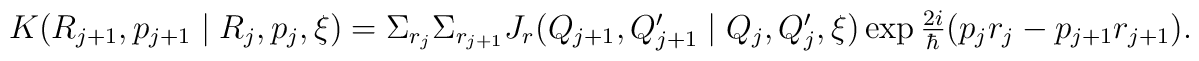
\begin{array}{l}      K(R_{j+1}, p_{j+1}\mid R_{j}, p_{j}, \xi)     =  \Sigma_{r_{j}} \Sigma_{r_{j+1}}     J_{r}(Q_{j+1}, Q'_{j+1} \mid Q_{j}, Q'_{j}, \xi)      \exp  \frac{2 i}{\hbar} ( p_{j} r_{j} - p_{j+1} r_{j+1}).    \end{array}